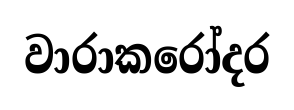
වාරාකරෝදර